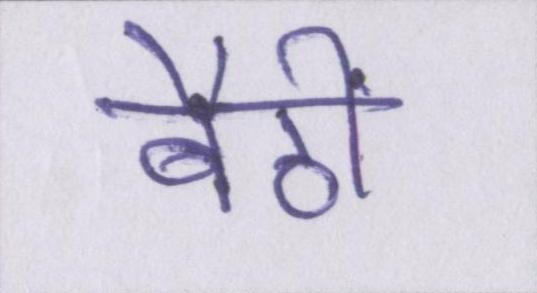
बैठीं